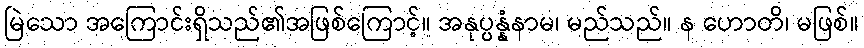
မြဲသော အကြောင်းရှိသည်၏အဖြစ်ကြောင့်။ အနုပ္ပန္နံနာမ၊ မည်သည်။ န ဟောတိ၊ မဖြစ်။